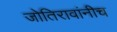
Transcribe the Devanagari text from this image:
जोतिरावांनीच